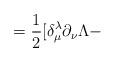
LaTeX: \begin{align*}=\frac{1}{2} [\delta_{\mu}^{\lambda} \partial_{\nu} \Lambda -\end{align*}